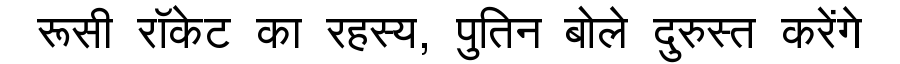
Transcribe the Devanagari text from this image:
रूसी रॉकेट का रहस्य, पुतिन बोले दुरुस्त करेंगे